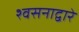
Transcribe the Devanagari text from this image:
श्वसनाद्वारे